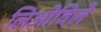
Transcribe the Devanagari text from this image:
लिओविले